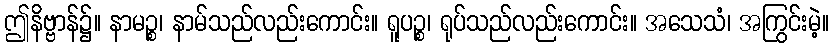
ဤနိဗ္ဗာန်၌။ နာမဉ္စ၊ နာမ်သည်လည်းကောင်း။ ရူပဉ္စ၊ ရုပ်သည်လည်းကောင်း။ အသေသံ၊ အကြွင်းမဲ့။